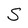
Character: S